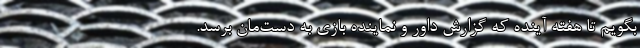
بگویم تا هفته آینده که گزارش داور و نماینده بازی به دست‌مان برسد.